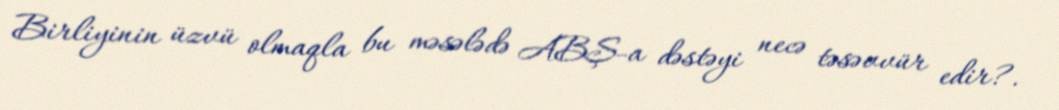
Birliyinin üzvü olmaqla bu məsələdə ABŞ-a dəstəyi necə təsəvvür edir?.